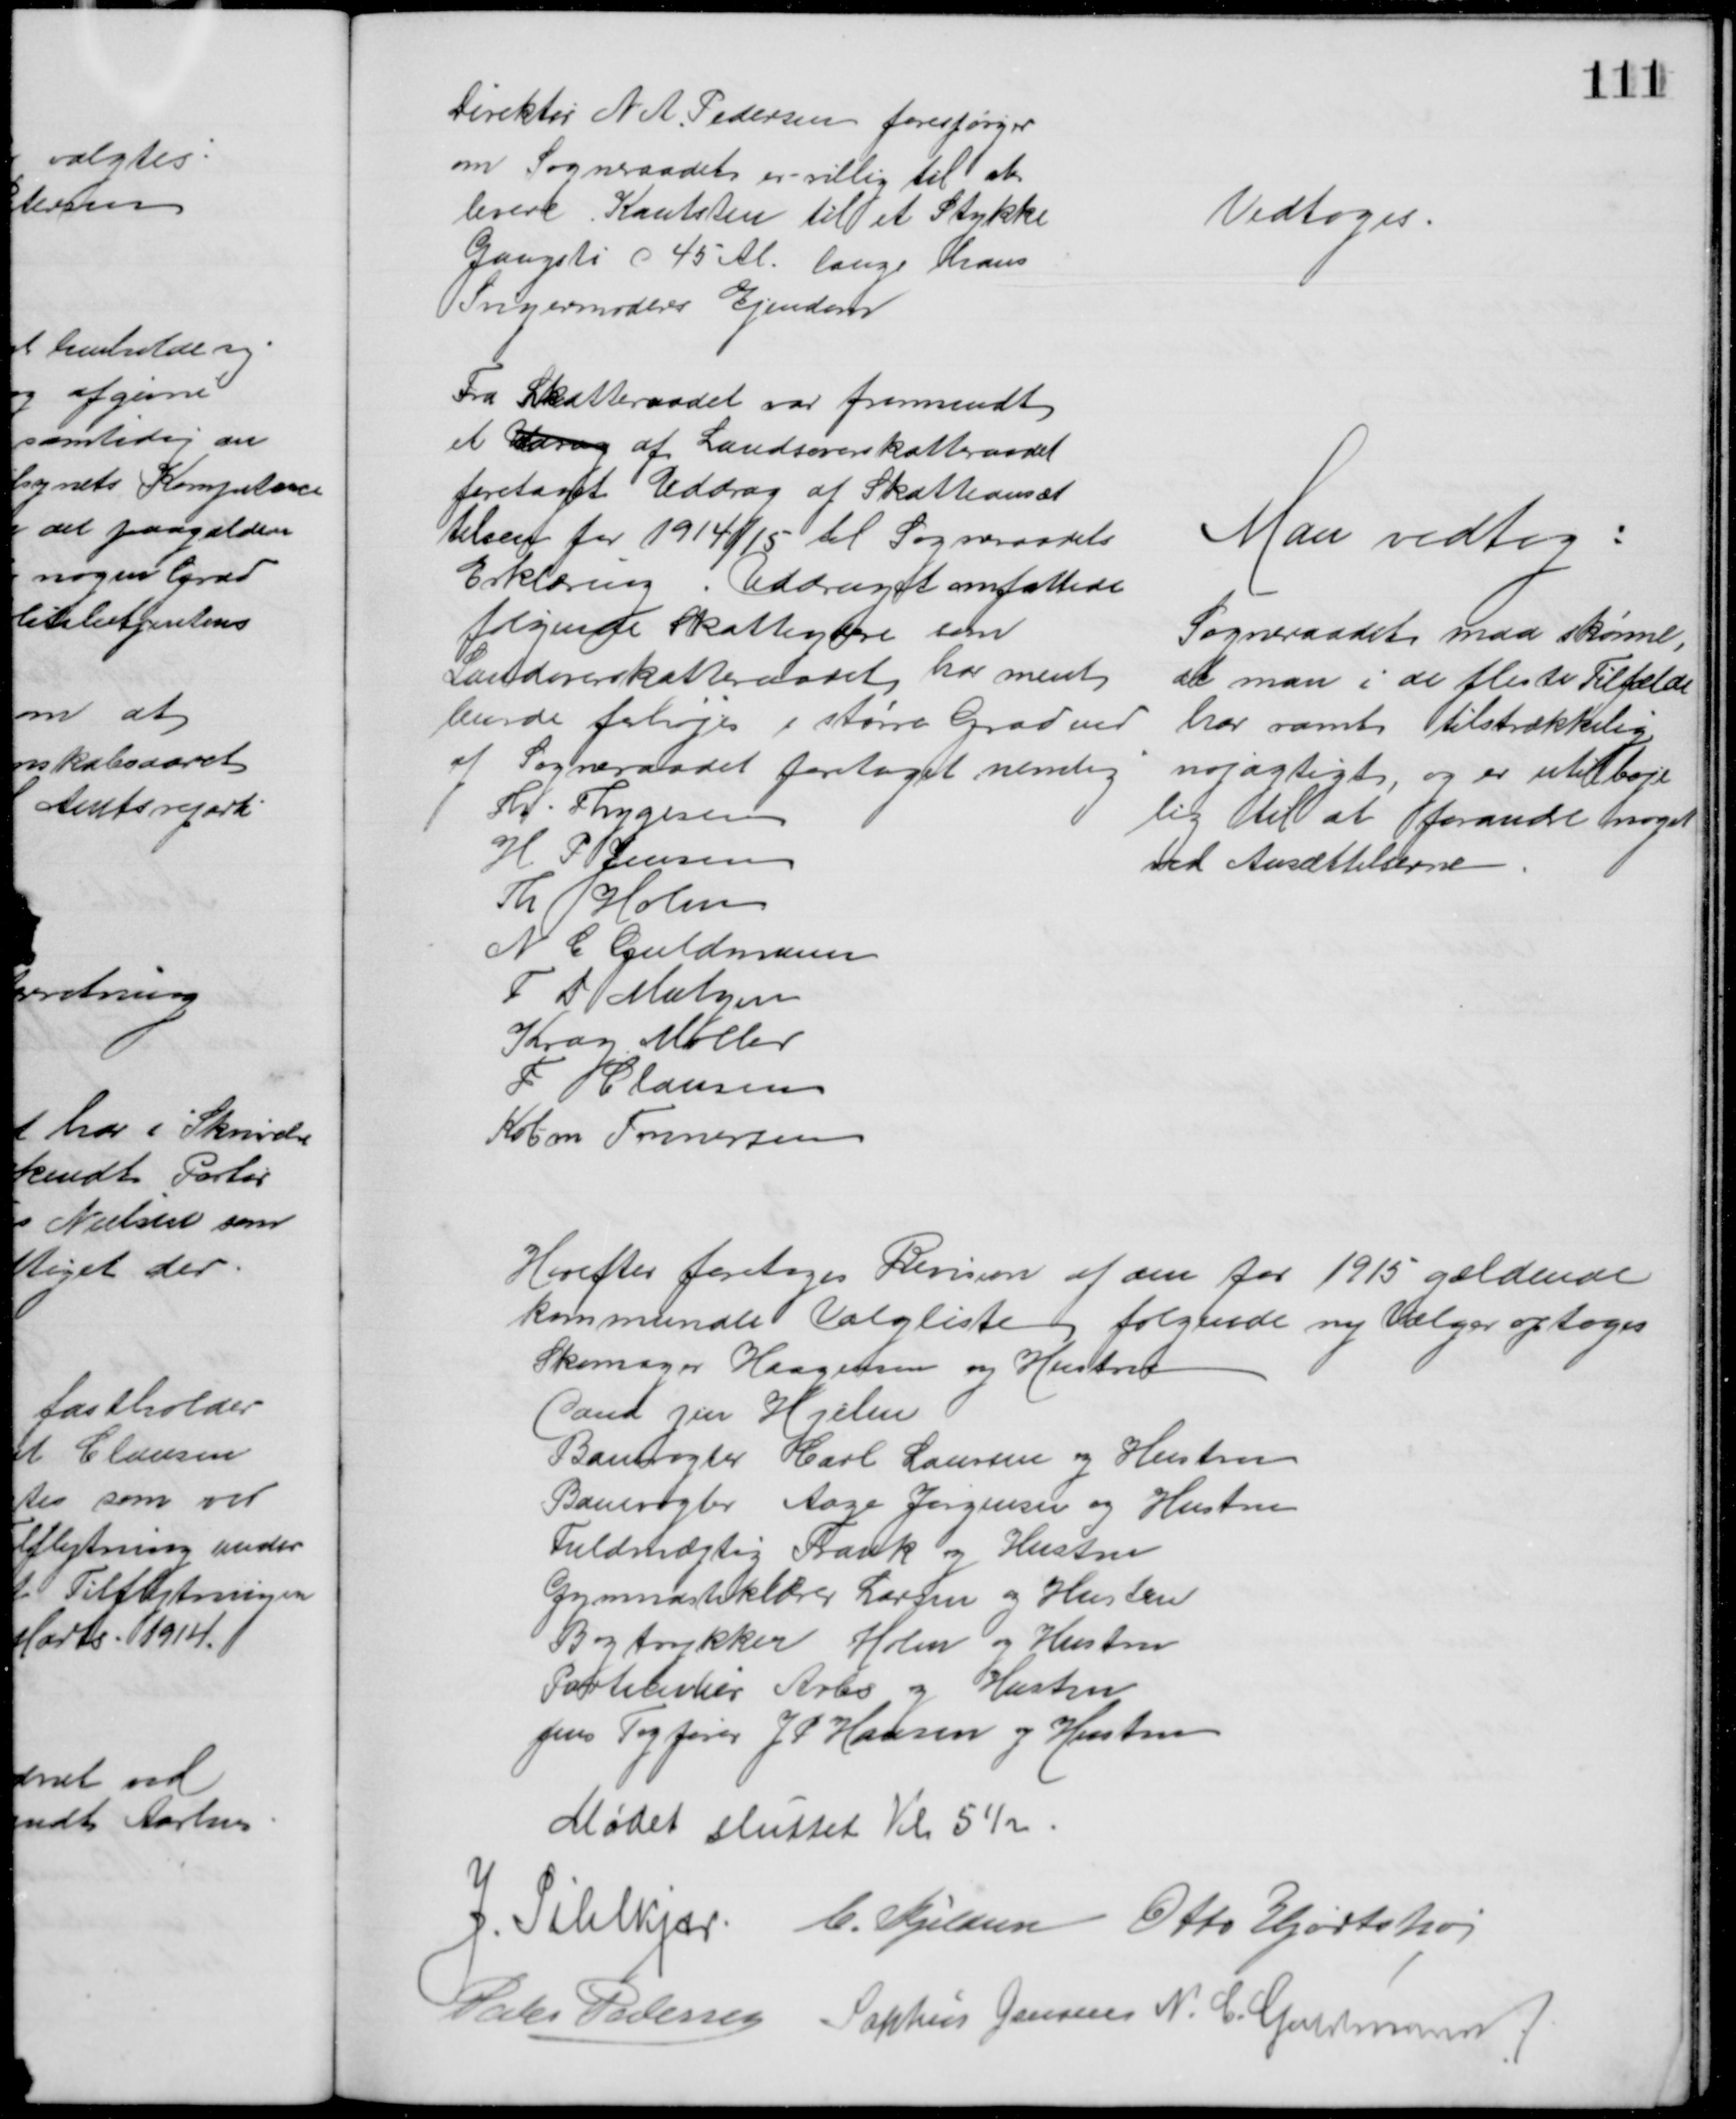
Transskription:
Direktør N. A. Pedersen forespørger
om Sogneraadets er villig til at 
levere Kantsten til et Stykke
Gangsti C 45 Al. langs hans
Svigermoders Ejendom
Vedtoges.
Fra Skatteraadet var fremsendt 
et Udrag af Landsoverskatteraadet
foretaget Uddrag af Skatteansæt
telsen for 1914/15 til Sogneraadets
Erklæring. Uddraget omfattede
følgende Skatteydere som
Landoverskatteraadet har ment
burde forhøjes i større Grad end
af Sogneraadet foretaget nemlig
Th. Thygesen
H. P. Jensen
Kr. Holm
N C. Guldmann
F D Matzen
Krag Møller
F Clausen
Købm Tonnesen
Man vedtog:
Sogneraadet maa skønne,
at man i de fleste Tilfælde
har ramt tilstrækkelig
nøjagtigt, og er utilbøje
lig til at forandre noget
ved Ansættelserne
Herefter foretoges Revision af den for 1915 gældende
kommunale Valgliste følgende ny Vælger optoges 
Skomager Haagensen og Hustru
Cand jur Hjelm
Banevogter Carl Laursen og Hustru
Banevogter Aage Jørgensen og Hustru
Fuldmægtig Frank og Hustru
Gymnastiklærer Larsen og Hustru
Bogtrykker Holm og Hustru
Particulier Arbs og Hustru
pens Togfører J P Hansen og Hustru
Mødet sluttet Kl 5½
J. Pihlkjær C. Kjeldsen Otto Hjortshøj
Peder Pedersen Sophus Jensen N. C. Guldmann